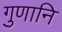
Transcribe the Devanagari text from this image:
गुणानि